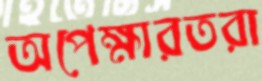
অপেক্ষারতরা